Indian journal of veterinary science and animal husbandry - Volumes 18-21, 1948-1951
Year: 1948
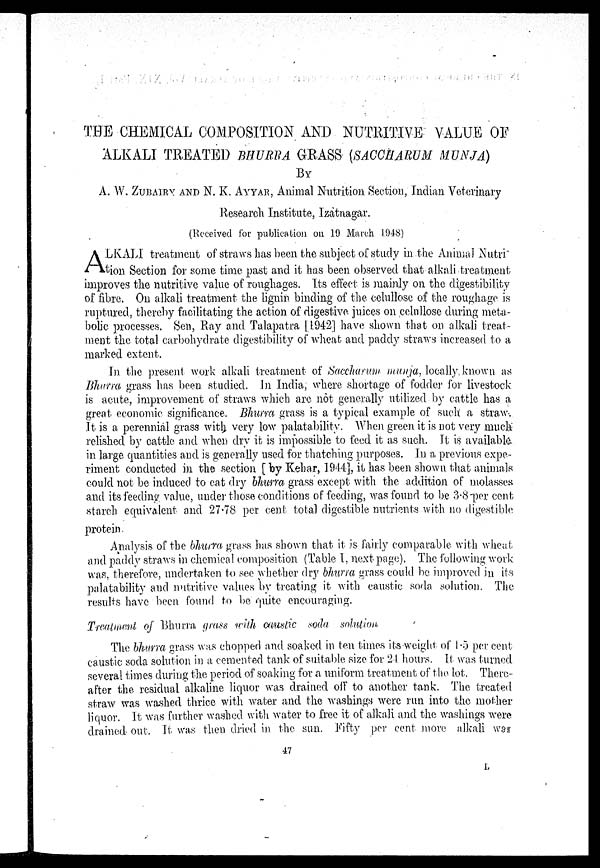
THE CHEMICAL COMPOSITION AND NUTRITIVE VALUE OF
ALKALI TREATED BHURRA GRASS (SACCHARUM MUNJA)
BY
A. W. ZUBAIRY AND N. K. AYYAR, Animal Nutrition Section, Indian Veterinary
Research Institute, Izatnagar.
(Received for publication on 19 March 1948)
A LKALI treatment of straws has been the subject of study in the Animal Nutri
tion Section for some time past and it has been observed that alkali treatment
improves the nutritive value of roughages. Its effect is mainly on the digestibility
of fibre. On alkali treatment the liguin binding of the celullose of the roughage is
ruptured, thereby facilitating the action of digestive juices on colullose during meta-
bolic processes. Sen, Ray and Talapatra [1942] have shown that on alkali treat-
ment the total carbohydrate digestibility of wheat and paddy straws increased to a
marked extent.
In the present work alkali treatment of Sacchurum munja, locally, known as
Bhurra grass has been studied. In India, where shortage of fodder for livestock
is acute, improvement of straws which are not generally utilized by cattle has a
great economic significance. Bhurra grass is a typical example of such a straw.
It is a perennial grass with very low palatability. When green it is not very much
relished by cattle and when dry it is impossible to feed it as such. It is available
in large quantities and is generally used for thatching purposes. In a previous expe-
riment conducted in the section [ by Kebar, 1944], it has been shown that animals
could not be induced to eat dry bhurra grass except with the addition of molasses
and its feeding value, under those conditions of feeding, was found to be 3.8 per cent
starch equivalent and 27.78 per cent total digestible nutrients with no digestible
protein.
Analysis of the bhurra grass has shown that it is fairly comparable with wheat
and paddy straws in chemical composition (Table I, next page). The following work
was, therefore, undertaken to see whether dry bhurra grass could be improved in its
palatability and nutritive values by treating it with caustic soda solution. The
results have been found to be quite encouraging.
Treatment of Bhurra grass with caustic soda solution
The bhurra grass was chopped and soaked in ten times its weight of 1.5 per cent
caustic soda solution in a cemented tank of suitable size for 24 hours. It was turned
several times during the period of soaking for a uniform treatment of the lot. There-
after the residual alkaline liquor was drained off to another tank. The treated
straw was washed thrice with water and the washings were run into the mother
liquor. It, was further washed with water to free it of alkali and the washings were
drained out. It was then dried in the sun. Fifty per cent more alkali was
47
L